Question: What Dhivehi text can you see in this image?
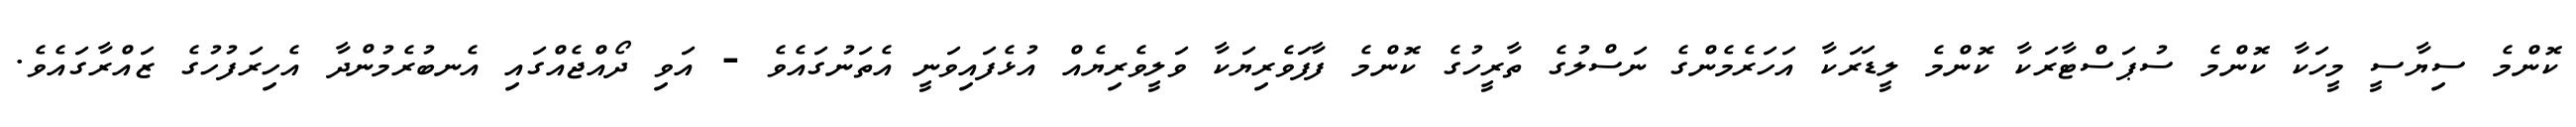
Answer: ކޮންމެ ސިޔާސީ މީހަކާ ކޮންމެ ސުޕަސްޓާރަކާ ކޮންމެ ލީޑަރަކާ އަހަރެމެންގެ ނަސްލުގެ ތާރީހުގެ ކޮންމެ ފާފަވެރިޔަކާ ވަލީވެރިޔެއް އުޅެފައިވަނީ އެތަނުގައެވެ - އަވި ދޯއްޖެއްގައި އެނބުރެމުންދާ އެހިރަފުހުގެ ޒައްރާގައެވެ.